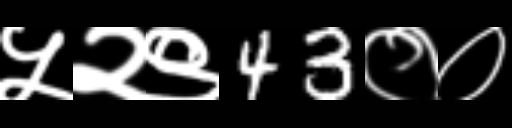
Text: ५२९43००